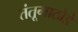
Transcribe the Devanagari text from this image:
तंतूगाठोडे